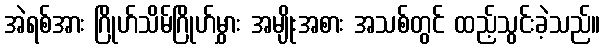
အဲရစ်အား ဂြိုဟ်သိမ်ဂြိုဟ်မွှား အမျိုးအစား အသစ်တွင် ထည့်သွင်းခဲ့သည်။